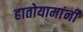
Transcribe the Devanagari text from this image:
हातोयामांनी